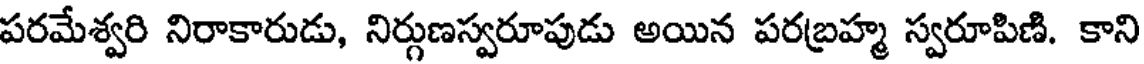
పరమేశ్వరి నిరాకారుడు, నిర్గుణస్వరూపుడు అయిన పరబ్రహ్మ స్వరూపిణి. కాని